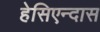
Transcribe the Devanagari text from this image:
हेसिएन्दास